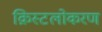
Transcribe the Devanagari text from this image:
क्रिस्टलोकरण